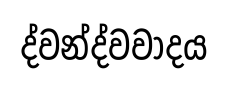
ද්වන්ද්වවාදය